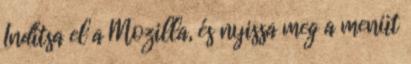
Indítsa el a Mozilla, és nyissa meg a menüt